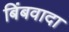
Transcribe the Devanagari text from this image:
बिंबवादा